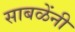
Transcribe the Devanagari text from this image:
साबळेंनी